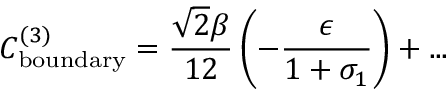
C _ { \mathrm { b o u n d a r y } } ^ { ( 3 ) } = \frac { \sqrt { 2 } \beta } { 1 2 } \left( - \frac { \epsilon } { 1 + \sigma _ { 1 } } \right) + . . .